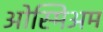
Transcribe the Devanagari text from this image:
ओस्मिअम